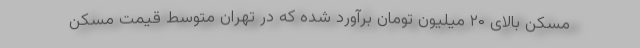
مسکن بالای ۲۰ میلیون تومان برآورد شده که در تهران متوسط قیمت مسکن